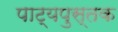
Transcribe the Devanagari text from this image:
पाट्यपुस्तक